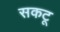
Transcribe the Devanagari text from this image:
सकटू